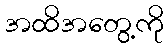
အထိအတွေ့ကို